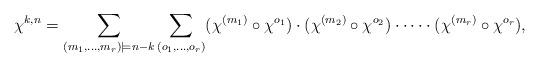
LaTeX: \begin{align*}\chi^{k,n} = \sum_{(m_1,\dots, m_r)\models n -k}\sum_{(o_1,\dots,o_r)} (\chi^{(m_1)} \circ \chi^{o_1}) \cdot (\chi^{(m_2)} \circ \chi^{o_2})\cdot \cdots \cdot (\chi^{(m_r)} \circ \chi^{o_r}),\end{align*}